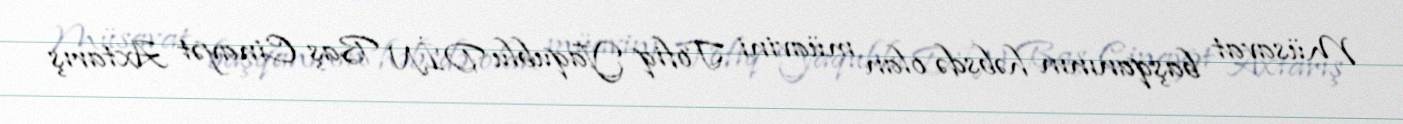
Müsavat başqanının həbsdə olan müavini Tofiq Yaqublu DİN Baş Cinayət Axtarış